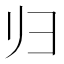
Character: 归